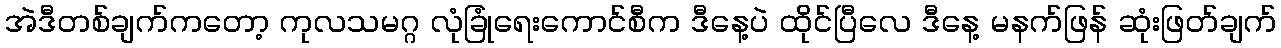
အဲဒီတစ်ချက်ကတော့ ကုလသမဂ္ဂ လုံခြုံရေးကောင်စီက ဒီနေ့ပဲ ထိုင်ပြီလေ ဒီနေ့ မနက်ဖြန် ဆုံးဖြတ်ချက်